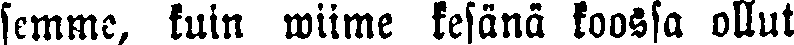
semme, kuin wiime kesänä koossa ollut